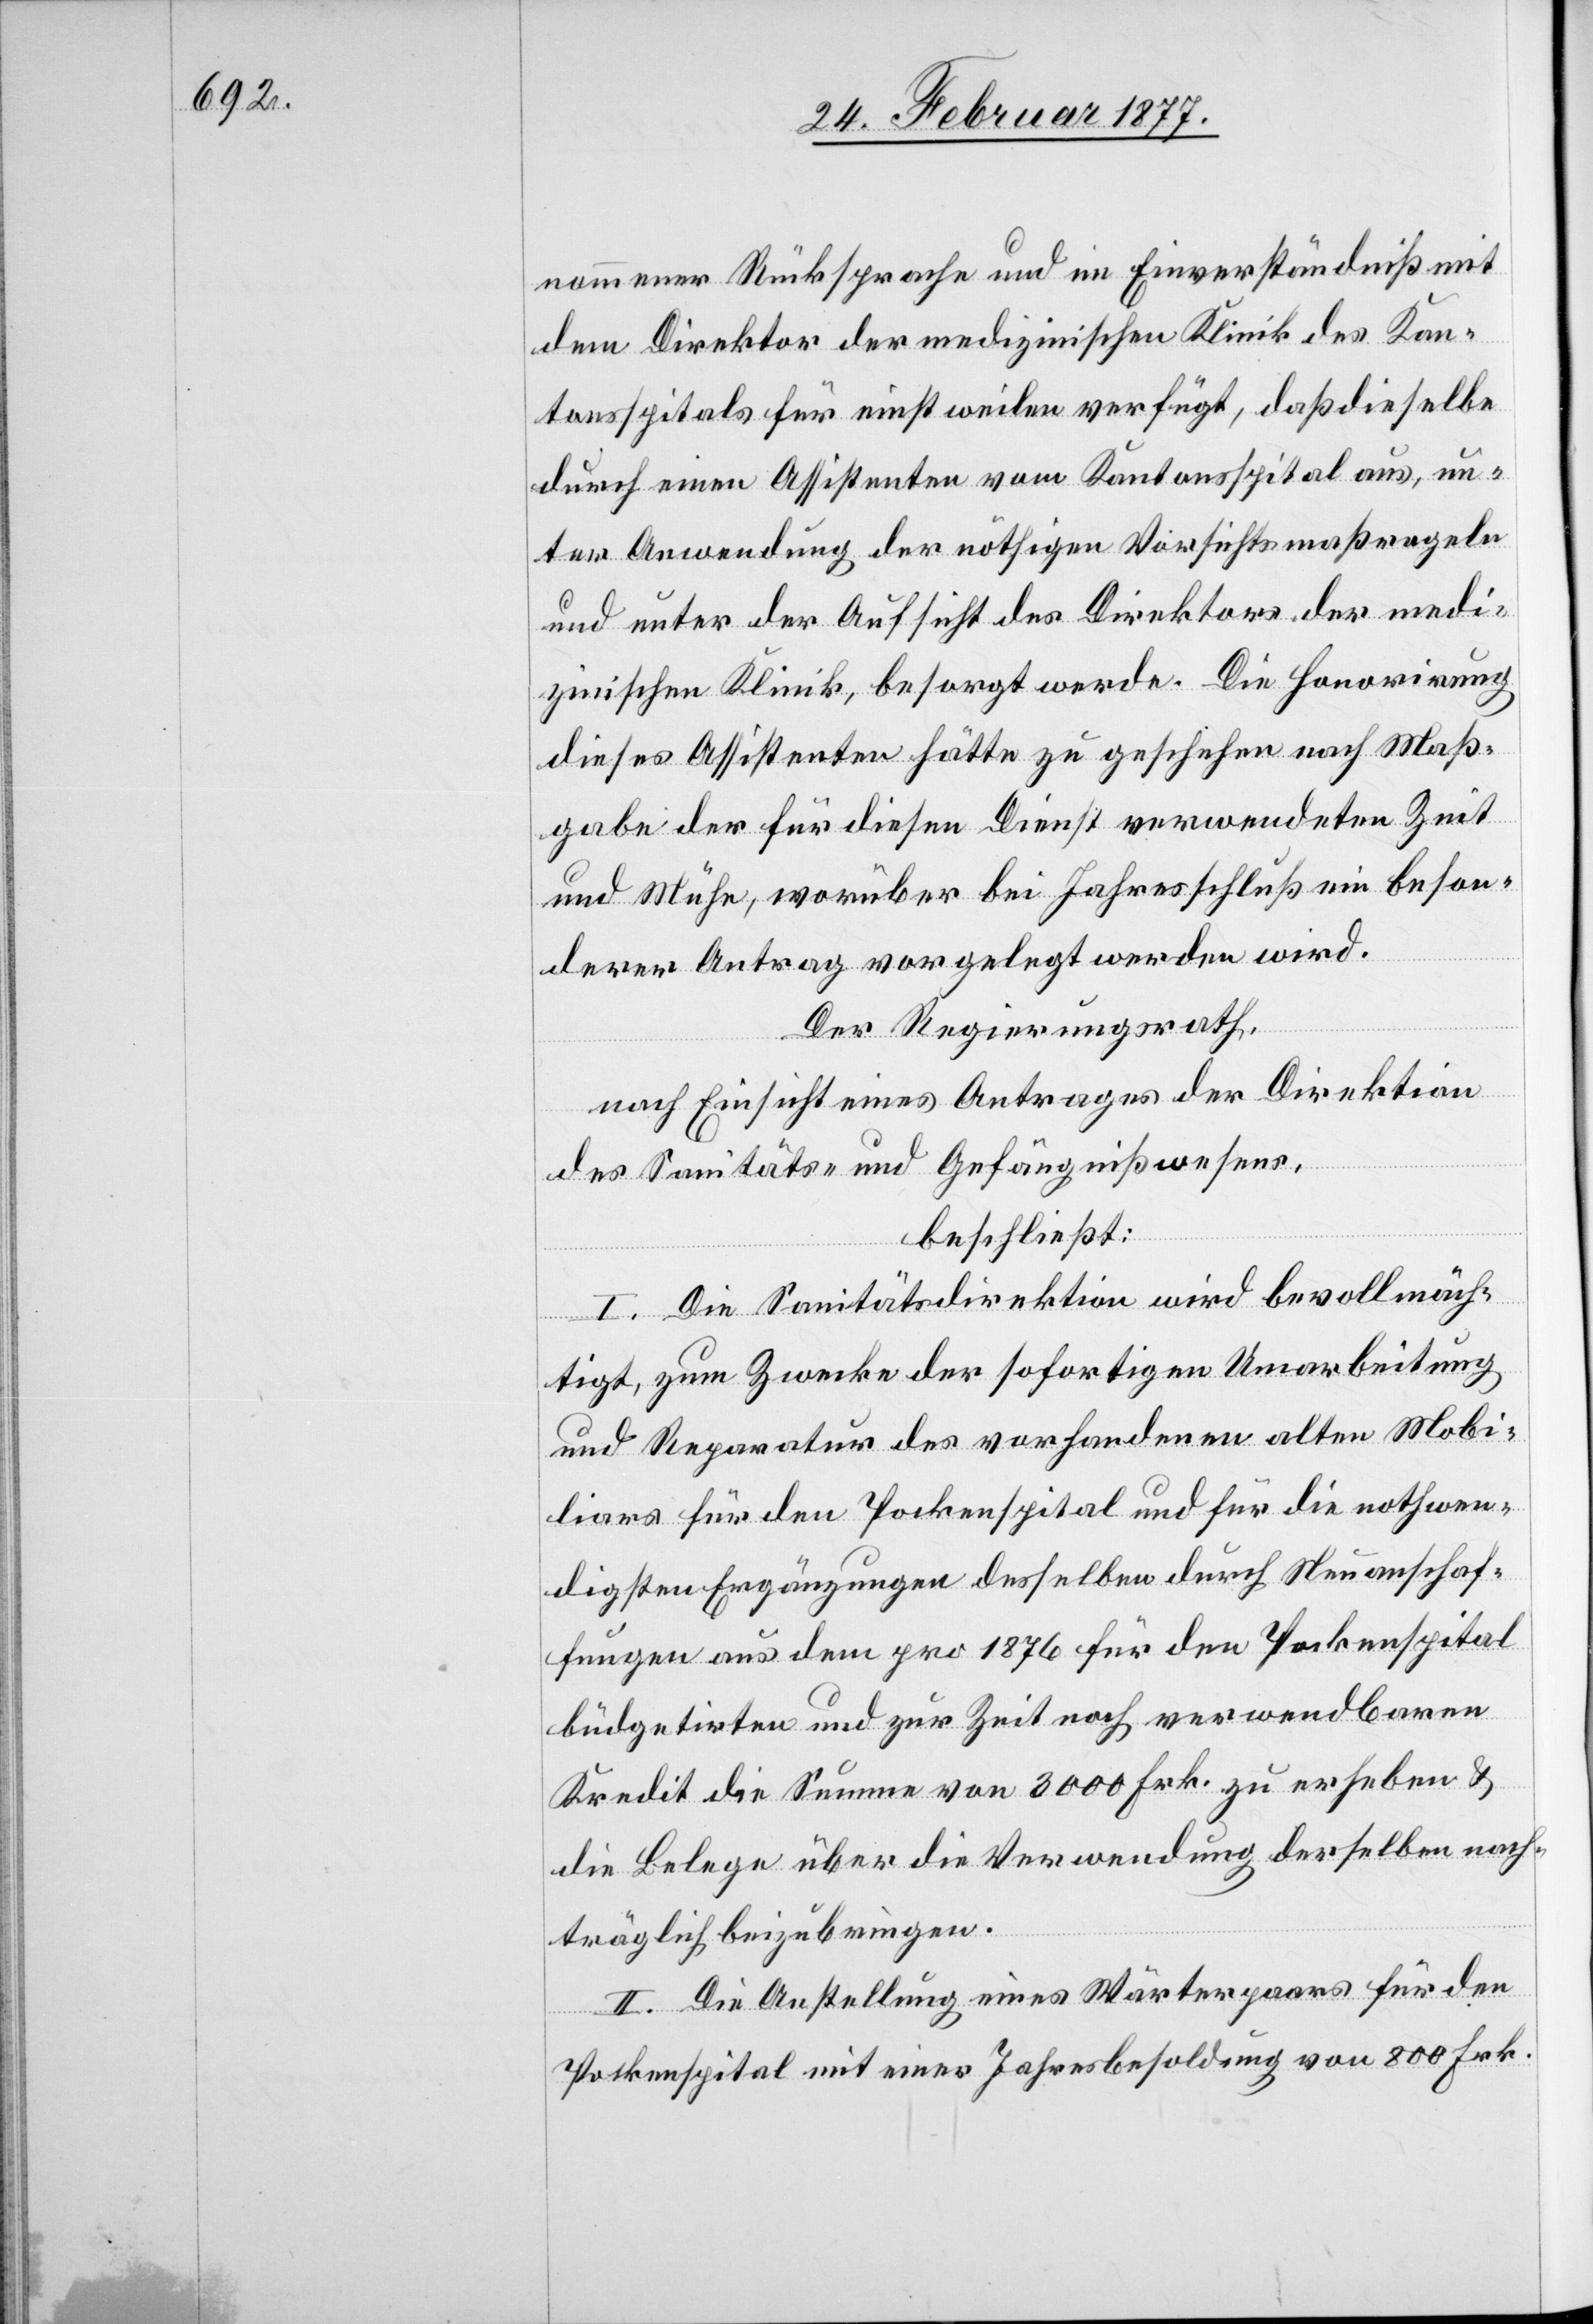
nommener Rücksprache und Einverständniß mit
dem Direktor der medizinischen Klinik des Kan¬
tonsspitals für einstweilen verfügt, daß dieselbe
durch einen Assistenten vom Kantonsspital aus, un¬
ter Anwendung der nöthigen Vorsichtsmaßreglern
und unter der Aufsicht des Direktors der medi¬
zinischen Klinik, besorgt werde. Die Honorirung
dieses Assistenten hätte zu geschehen nach Maß¬
gabe der für diesen Dienst verwendeten Zeit
und Mühe, worüber bei Jahresschluß ein beson¬
derer Antrag vorgelegt werden wird.
Der Regierungsrath,
nach Einsicht eines Antrages der Direktion
des Sanitäts- und Gefängnißwesens,
beschließt:
I. Die Sanitätsdirektion wird bevollmäch¬
tigt, zum Zwecke der sofortigen Umarbeitung
und Reparatur des vorhandenen alten Mobi¬
liars für den Pockenspital und für die nothwen¬
digen Ergänzungen desselben durch Neuanschaf¬
fungen aus dem pro 1876 für den Pockenspital
büdgetirten und zur Zeit noch verwendbaren
Kredit die Summe von 3000 Frk. zu erheben &
die Belege über die Verwendung derselben nach¬
träglich beizubringen.
II. Die Anstellung eines Wärterpaars für den
Pockenspital mit einer Jahresbesoldung von 800 Frk.